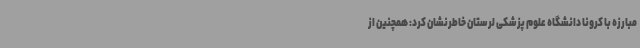
مبارزه با کرونا دانشگاه علوم پزشکی لرستان خاطرنشان کرد: همچنین از